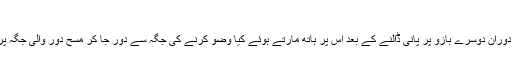
واللہ العالم
سوال:وضو کے دوران دوسرے بازو پر پانی ڈالنے کے بعد اس پر ہاتھ مارتے ہوئے کیا وضو کرنے کی جگہ سے دور جا کر مسح دور والی جگہ پر کر سکتے ہیں؟